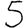
Digit: 5